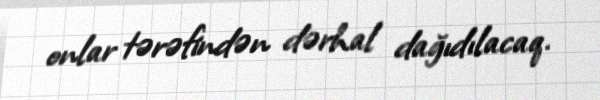
onlar tərəfindən dərhal dağıdılacaq.